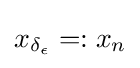
x_{\delta _{\epsilon }}=:x_{n}